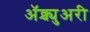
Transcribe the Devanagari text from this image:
अॅक्च्युअरी